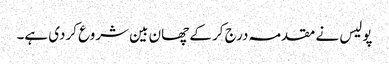
پولیس نے مقدمہ درج کر کے چھان بین شروع کردی ہے۔